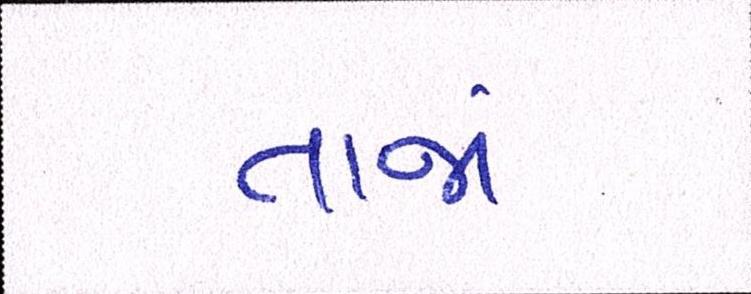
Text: તાજાં